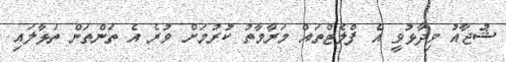
ޝުޖާއު ވިދާޅުވީ އެ ފްލެޓްތައް މަރާމާތު ކުރުމަށް ވުރެ އެ ތަންތަން ތަޅާލައި